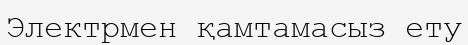
Электрмен қамтамасыз ету